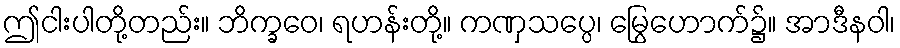
ဤငါးပါတို့တည်း။ ဘိက္ခဝေ၊ ရဟန်းတို့။ ကဏှသပ္ပေ၊ မြွေဟောက်၌။ အာဒီနဝါ၊